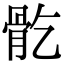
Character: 𩨘